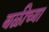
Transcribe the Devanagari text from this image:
बळीच्या